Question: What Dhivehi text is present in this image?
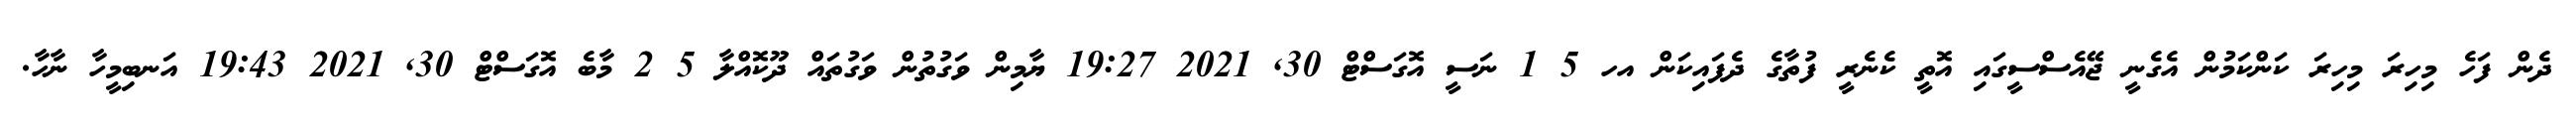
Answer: ދެން ފަހެ މިހިރަ މިހިރަ ކަންކަމުން އެގެނީ ޖޭއެސްސީގައި އޮތީ ކެނެރީ ފުތާގެ ދެފައިކަން އހ 5 1 ނަސީ އޮގަސްޓް 30, 2021 19:27 ޔާމިން ވަގުތުން ވަގުތައް ދޫކޮއްލާ 5 2 މާބެ އޮގަސްޓް 30, 2021 19:43 އަނބިމީހާ ނާހާ.